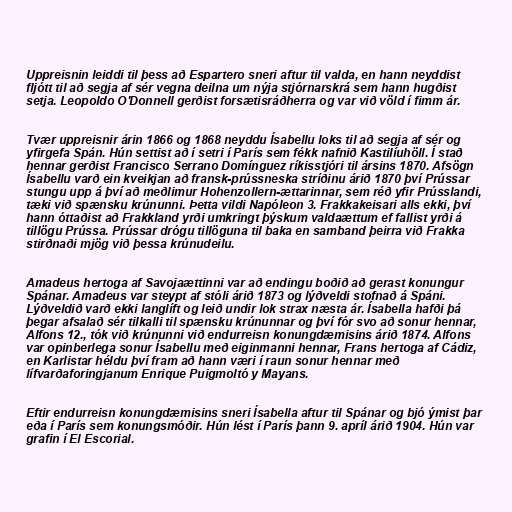
Uppreisnin leiddi til þess að Espartero sneri aftur til valda, en hann neyddist
fljótt til að segja af sér vegna deilna um nýja stjórnarskrá sem hann hugðist
setja. Leopoldo O'Donnell gerðist forsætisráðherra og var við völd í fimm ár.

Tvær uppreisnir árin 1866 og 1868 neyddu Ísabellu loks til að segja af sér og
yfirgefa Spán. Hún settist að í setri í París sem fékk nafnið Kastilíuhöll. Í stað
hennar gerðist Francisco Serrano Domínguez ríkisstjóri til ársins 1870. Afsögn
Ísabellu varð ein kveikjan að fransk-prússneska stríðinu árið 1870 því Prússar
stungu upp á því að meðlimur Hohenzollern-ættarinnar, sem réð yfir Prússlandi,
tæki við spænsku krúnunni. Þetta vildi Napóleon 3. Frakkakeisari alls ekki, því
hann óttaðist að Frakkland yrði umkringt þýskum valdaættum ef fallist yrði á
tillögu Prússa. Prússar drógu tillöguna til baka en samband þeirra við Frakka
stirðnaði mjög við þessa krúnudeilu.

Amadeus hertoga af Savojaættinni var að endingu boðið að gerast konungur
Spánar. Amadeus var steypt af stóli árið 1873 og lýðveldi stofnað á Spáni.
Lýðveldið varð ekki langlíft og leið undir lok strax næsta ár. Ísabella hafði þá
þegar afsalað sér tilkalli til spænsku krúnunnar og því fór svo að sonur hennar,
Alfons 12., tók við krúnunni við endurreisn konungdæmisins árið 1874. Alfons
var opinberlega sonur Ísabellu með eiginmanni hennar, Frans hertoga af Cádiz,
en Karlistar héldu því fram að hann væri í raun sonur hennar með
lífvarðaforingjanum Enrique Puigmoltó y Mayans.

Eftir endurreisn konungdæmisins sneri Ísabella aftur til Spánar og bjó ýmist þar
eða í París sem konungsmóðir. Hún lést í París þann 9. apríl árið 1904. Hún var
grafin í El Escorial.